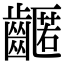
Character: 𪙛